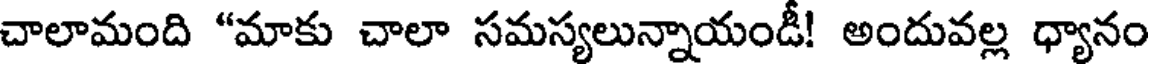
చాలామంది "మాకు చాలా సమస్యలున్నాయండీ! అందువల్ల ధ్యానం